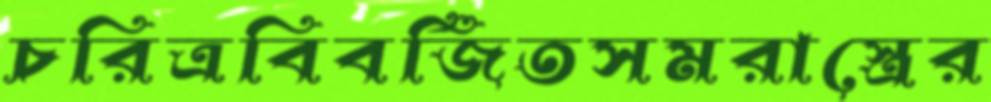
চরিত্রবিবর্জিতসমরাস্ত্রের